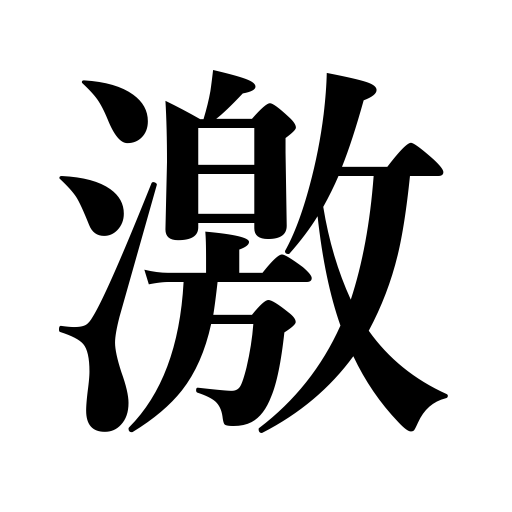
Meanings: violent,heated,be enraged,tempestuous temperament,stormy applause,mighty,be agitated,extreme,furious,severe,incite,passionate,encourage,vehement,chafe,urge,get excited,acute,intense,be exasperated